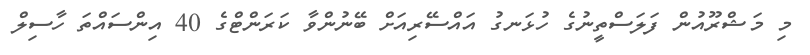
މި މަޝްރޫއުން ފަލަސްތީނުގެ ހުޅަނގު އައްސޭރިއަށް ބޭނުންވާ ކަރަންޓްގެ 40 އިންސައްތަ ހާސިލް